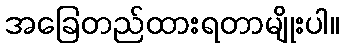
အခြေတည်ထားရတာမျိုးပါ။